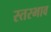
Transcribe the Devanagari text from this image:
स्तरभाव